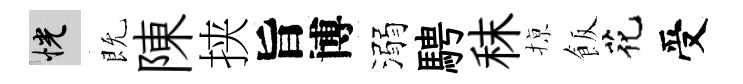
恍既陳挟旨博溺騁秣𢱊飯花受